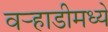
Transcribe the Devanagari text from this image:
वर्‍हाडीमध्ये